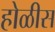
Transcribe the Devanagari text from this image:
होळीस